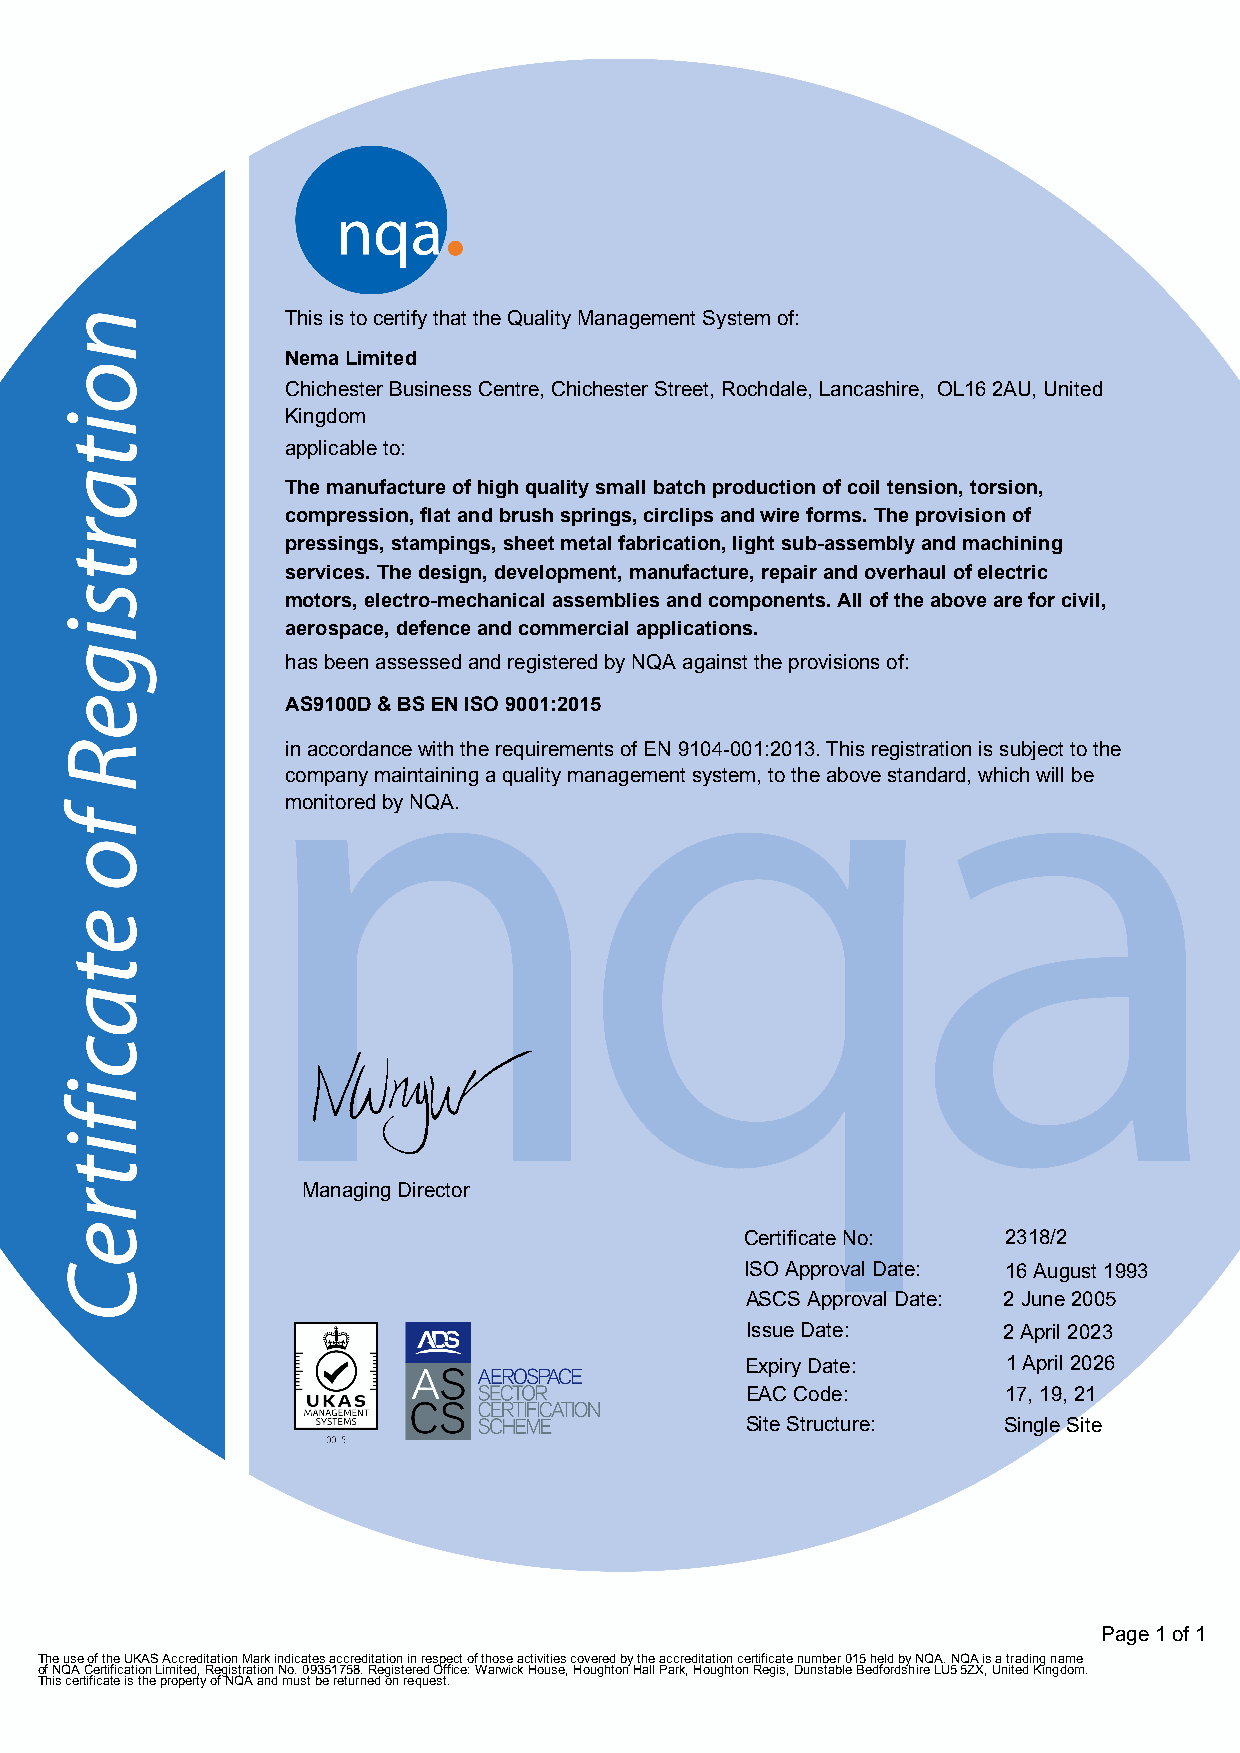
This is to certify that the Quality Management System of:
 Nema Limited
 Chichester Business Centre, Chichester Street, Rochdale, Lancashire, OL16 2AU, United
 Kingdom
 applicable to:
 The manufacture of high quality small batch production of coil tension, torsion,
 compression, flat and brush springs, circlips and wire forms. The provision of
 pressings, stampings, sheet metal fabrication, light sub-assembly and machining
 services. The design, development, manufacture, repair and overhaul of electric
 motors, electro-mechanical assemblies and components. All of the above are for civil,
 aerospace, defence and commercial applications.
 has been assessed and registered by NQA against the provisions of:
 AS9100D & BS EN ISO 9001:2015
 in accordance with the requirements of EN 9104-001:2013. This registration is subject to the
 company maintaining a quality management system, to the above standard, which will be
 monitored by NQA.
 F
 Managing Director
 Certificate No:   2318/2
 ISO Approval Date: 16 August 1993
 ASCS Approval Date: 2 June 2005
 Issue Date:      2 April 2023
 Expiry Date:      1 April 2026
 EAC Code:         17, 19, 21
 Site Structure:  Single Site
 Page 1 of 1
 The use of the UKAS Accreditation Mark indicates accreditation in respect of those activities covered by the accreditation certificate number 015 held by NQA. NQA is a trading name
 of NQA Certification Limited, Registration No. 09351758. Registered Office: Warwick House, Houghton Hall Park, Houghton Regis, Dunstable Bedfordshire LU5 5ZX, United Kingdom.
 This certificate is the property of NQA and must be returned on request.